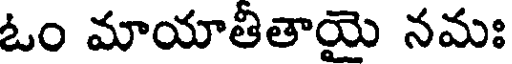
ఓం మాయాతితాయై నమః